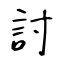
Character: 討